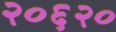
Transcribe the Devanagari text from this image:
२०६२०